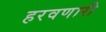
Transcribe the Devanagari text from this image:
हरवणारी